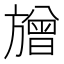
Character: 𱡷